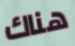
هناك